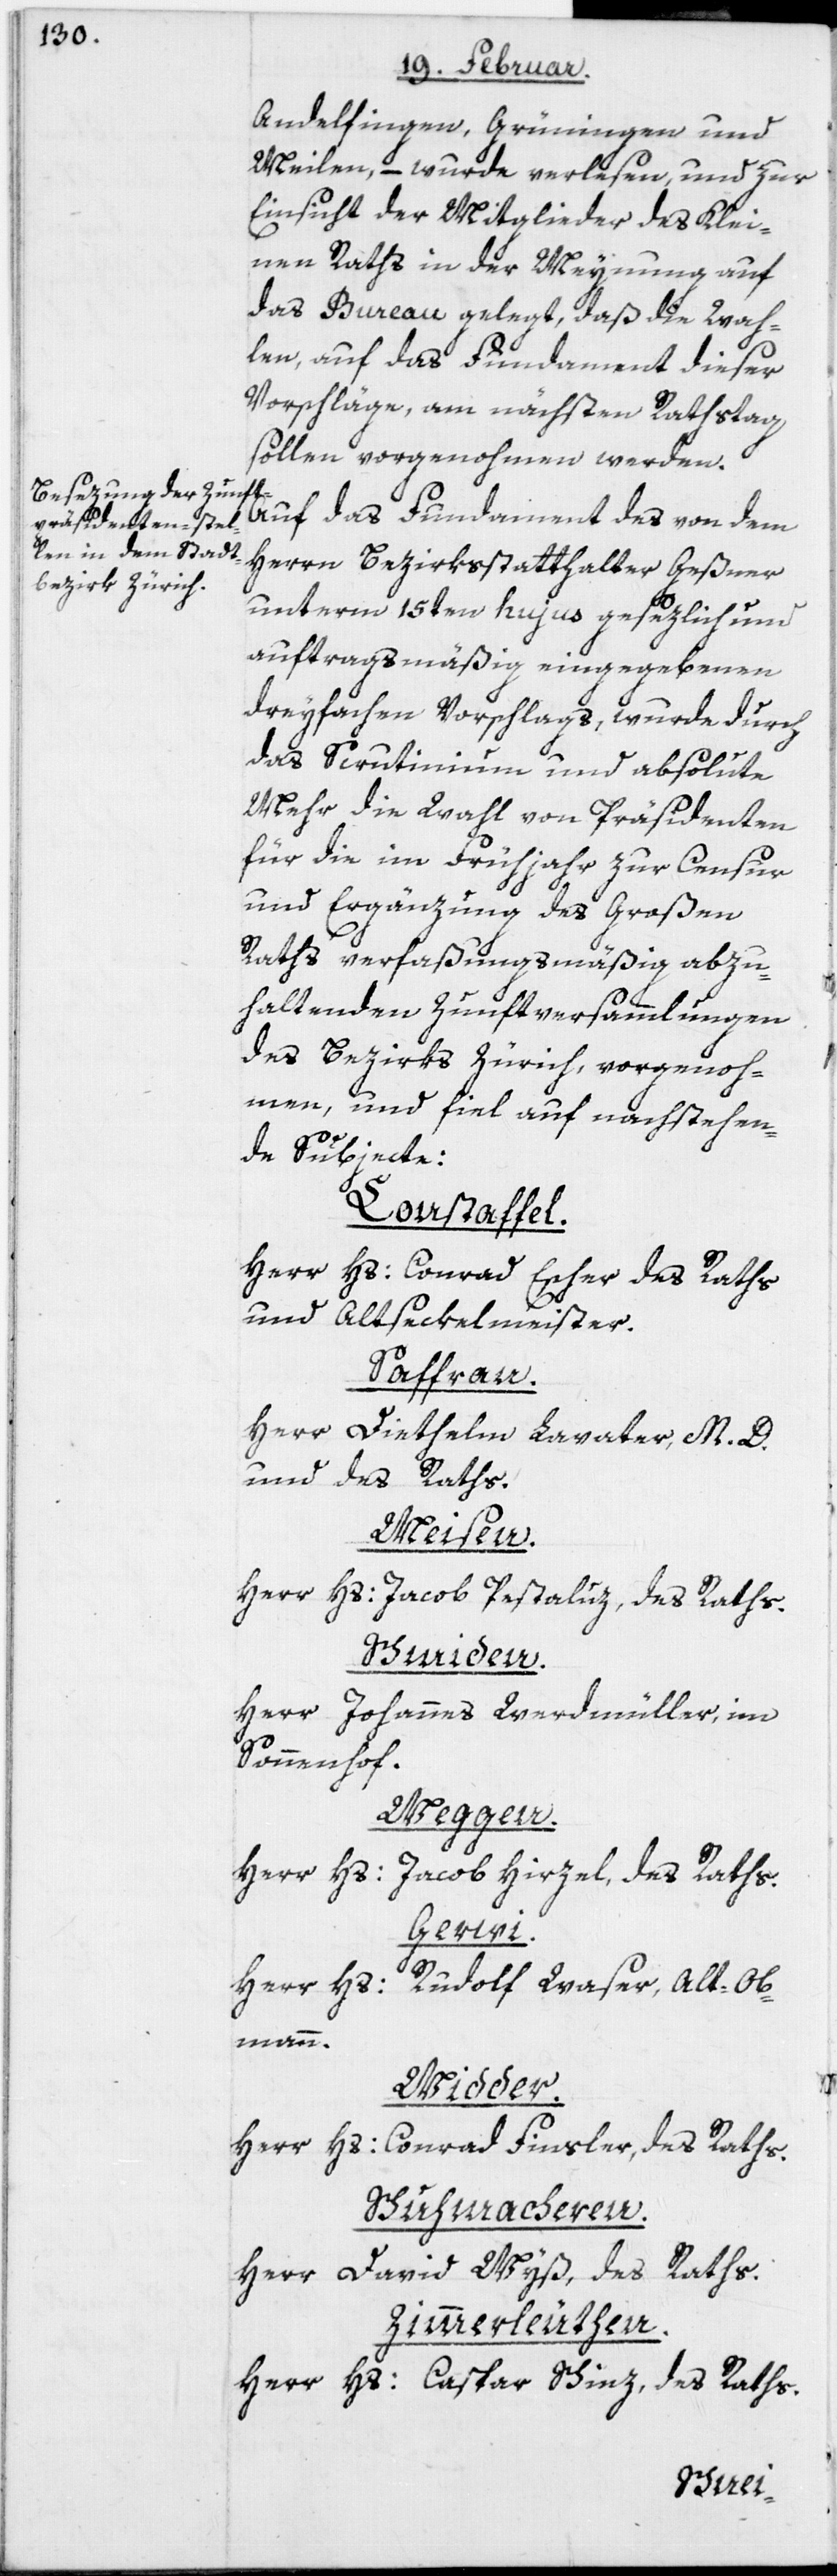
Andelfingen, Grüningen und
Meilen, – wurde verlesen, und zur
Einsicht der Mitglieder des Klei¬
nen Raths in der Meynung auf
das Bureau gelegt, daß die Wah¬
len, auf das Fundament dieser
Vorschläge, am nächsten Rathstag
sollen vorgenohmen werden.
Auf das Fundament des von dem
Herrn Bezirksstatthalter Geßner
unterm 15ten hujus gesezlich und
auftragsmäßig eingegebenen
dreyfachen Vorschlags, wurde durch
das Scrutinium und absolute
Mehr die Wahl von Präsidenten
für die im Frühjahr zur Censur
und Ergänzung des Großen
Raths verfaßungsmäßig abzu¬
haltenden Zunftversammlungen
des Bezirks Zürich, vorgenoh¬
men, und fiel auf nachstehen¬
de Subjecte:
Constaffel.
Herr Hs: Conrad Escher des Raths
und Altseckelmeister.
Saffran.
Herr Diethelm Lavater, M. D.
und des Raths.
Meisen.
Herr Hs: Jacob Pestaluz, des Raths.
Schmiden.
Herr Johannes Werdmüller, im
Sonnenhof.
Weggen.
Herr Hs: Jacob Hirzel, des Raths.
Gerwi.
Herr Hs: Rudolf Waser, Alt-Ob¬
mann.
Widder.
Herr Hs: Conrad Finsler, des Raths.
Schuhmacheren.
Herr David Wyß, des Raths.
Zimmerleuthen.
Herr Hs: Caspar Schinz, des RatHs: